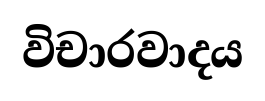
විචාරවාදය